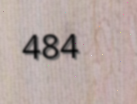
484